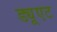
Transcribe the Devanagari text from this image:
ड्यूएट